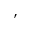
'